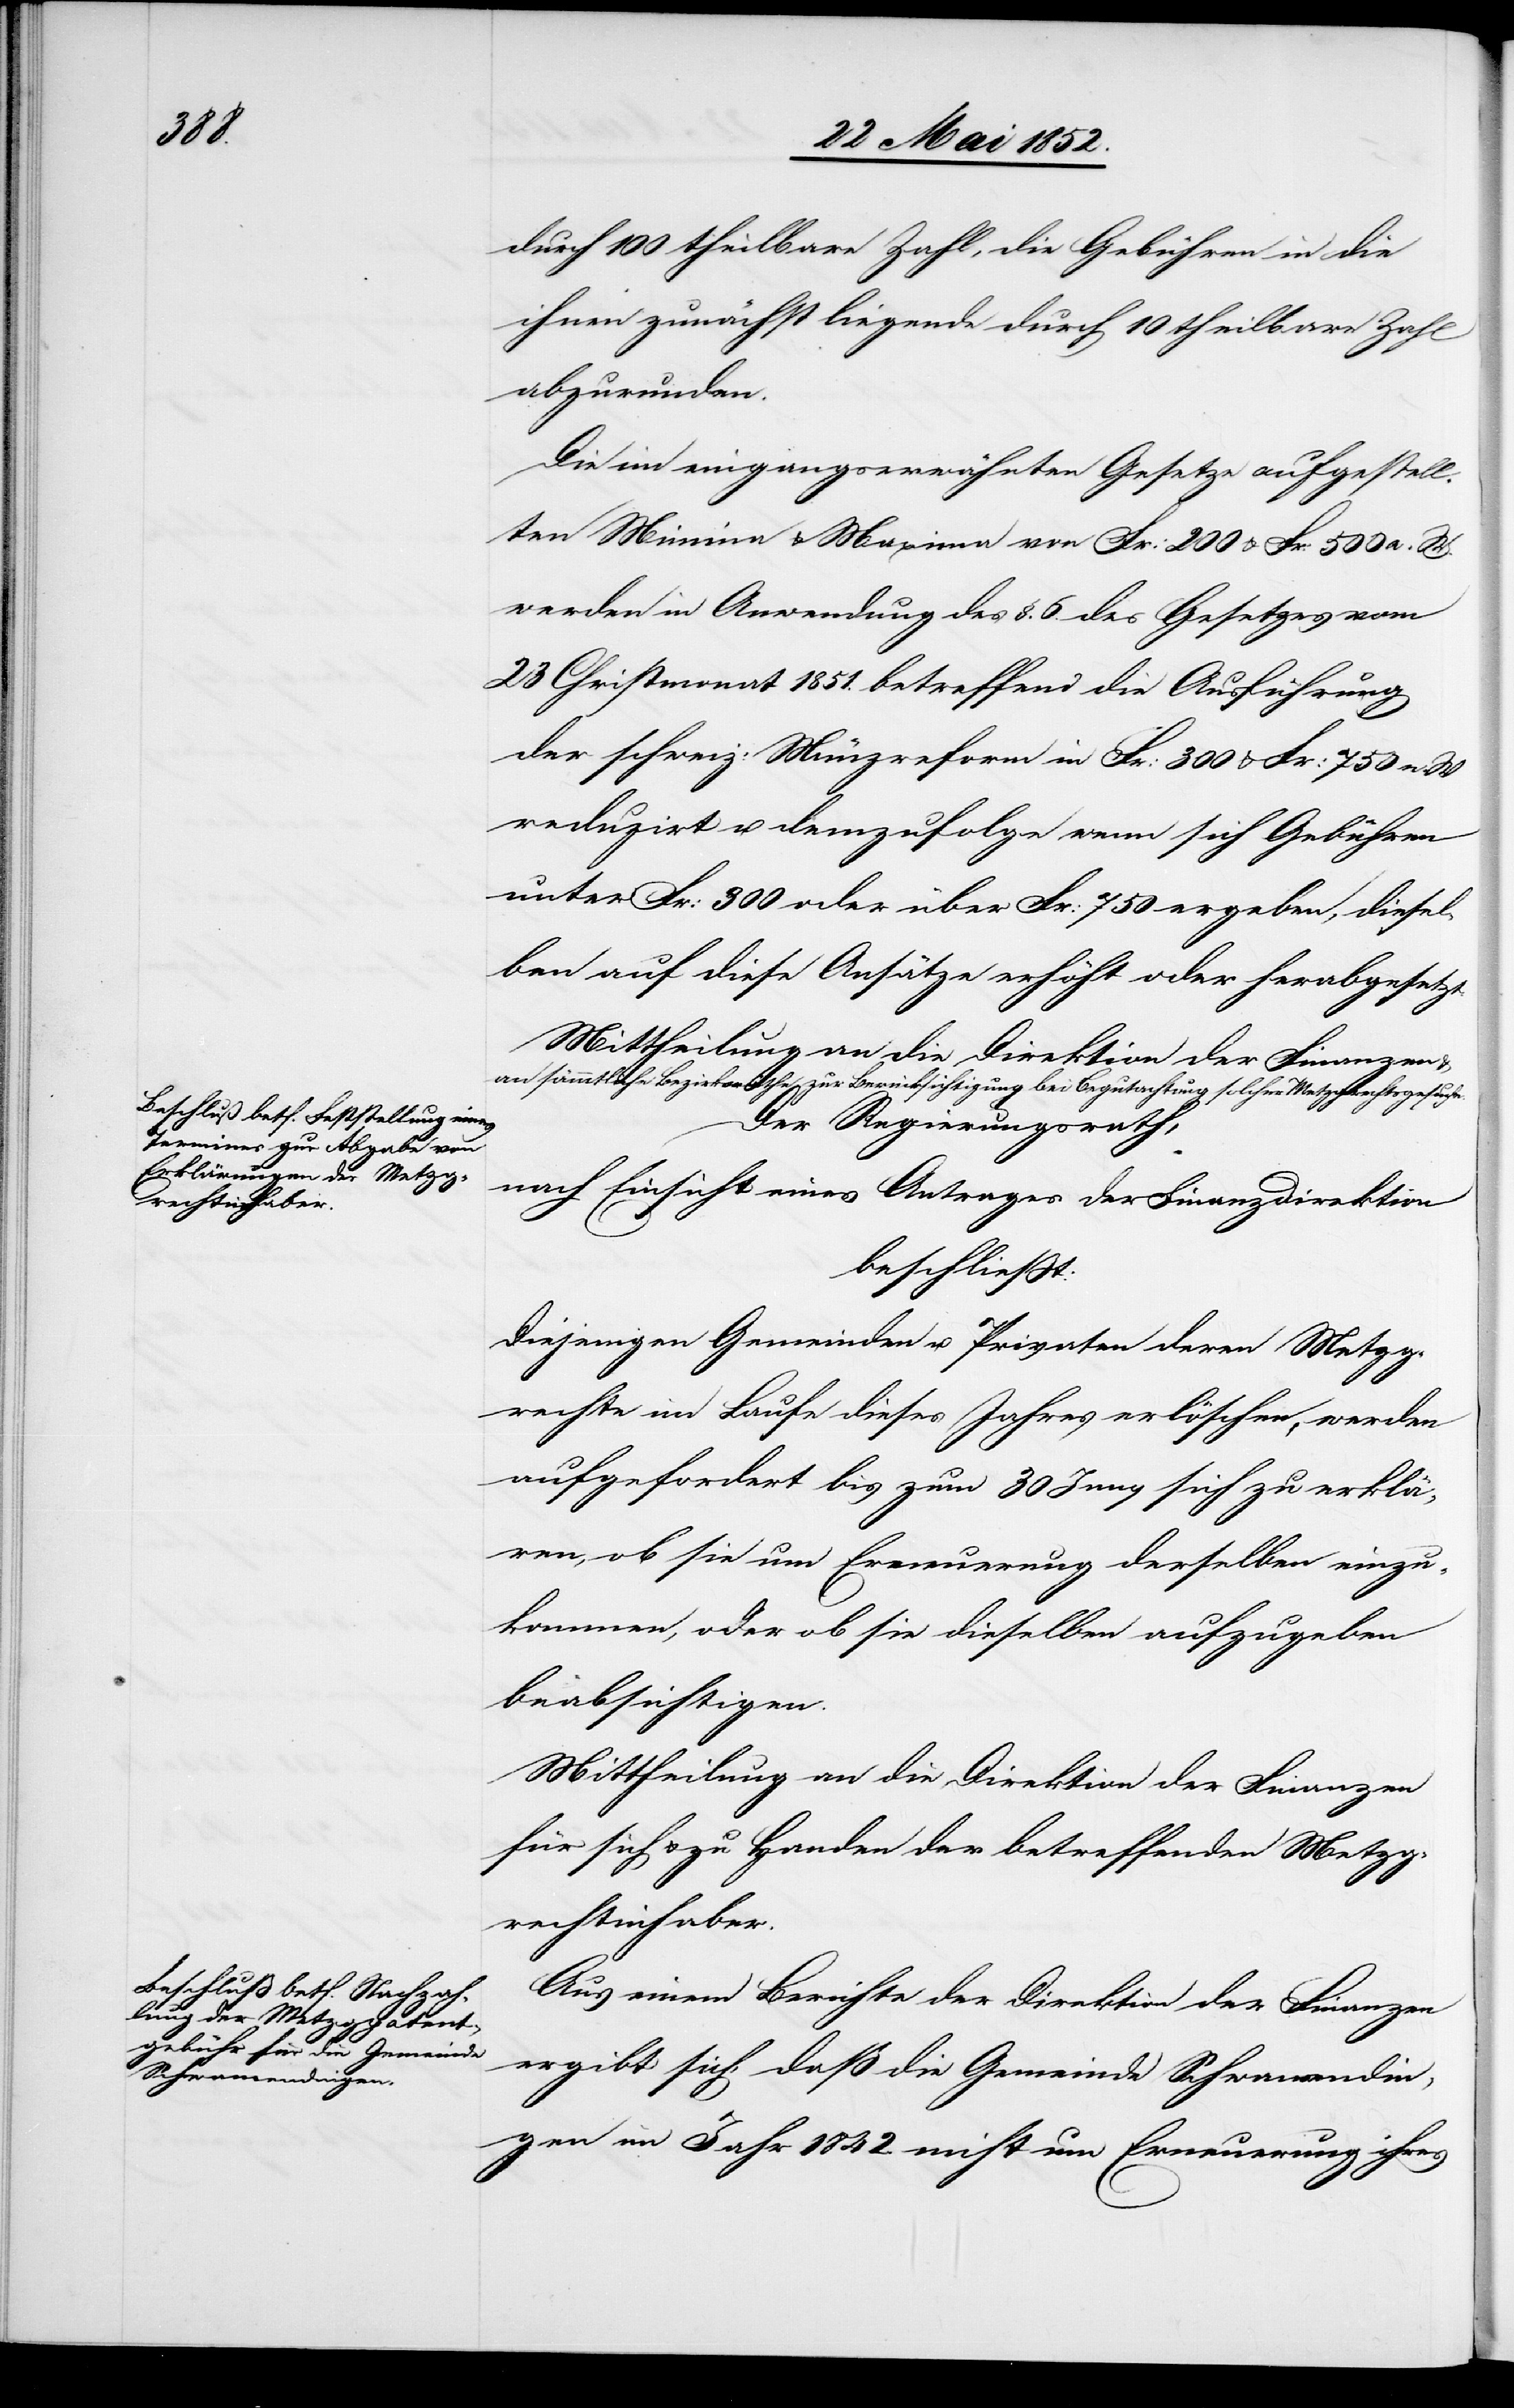
durch 100 theilbare Zahl, die Gebühren in die
ihnen zunächst liegende durch 10 theilbare Zahl
abzurunden.
Die im eingangserwähnten Gesetze aufgestell¬
ten Minima & Maxima von Fr: 200 & Fr: 500 a. W.
werden in Anwendung des §. 6. des Gesetzes vom
23 Christmonat 1851. betreffend die Ausführung
der schweiz: Münzreform in Fr: 300 & Fr: 750 n. W.
reduzirt u. demzufolge wenn sich Gebühren
unter Fr: 300 oder über Fr: 750 ergeben, diesel¬
ben auf diese Ansätze erhöht oder herabgesetzt.
Mittheilung an die Direktion der Finanzen
an sämmtliche Bezirksräthe zur Berücksichtigung bei Begutachtung solcher Metzgrechtsgesuche.
Der Regierungsrath,
nach Einsicht eines Antrages der Finanzdirektion
beschliesst:
Diejenigen Gemeinden u. Privaten deren Metzg¬
rechte im Laufe dieses Jahres erlöschen, werden
aufgefordert bis zum 30 Juny sich zu erklä¬
ren, ob sie um Erneuerung derselben einzu¬
kommen, oder ob sie dieselben aufzugeben
beabsichtigen.
Mittheilung an die Direktion der Finanzen
für sich & zu Handen der betreffenden Metzg¬
rechtinhaber.
Aus einem Berichte der Direktion der Finanzen
ergibt sich, daß die Gemeinde Schwamendin¬
gen im Jahr 1842. nicht um Erneuerung ihres